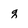
Character: q